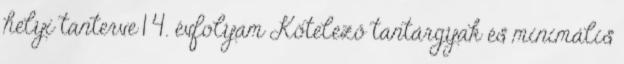
helyi tanterve 1 4. évfolyam Kötelező tantárgyak és minimális